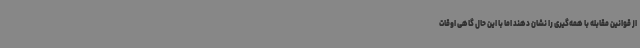
از قوانین مقابله با همه‌گیری را نشان دهند اما با این حال گاهی اوقات